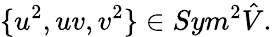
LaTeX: \{ u^{2},uv,v^{2}\} \in Sym^{2}\hat{V}.